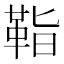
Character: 𩊝